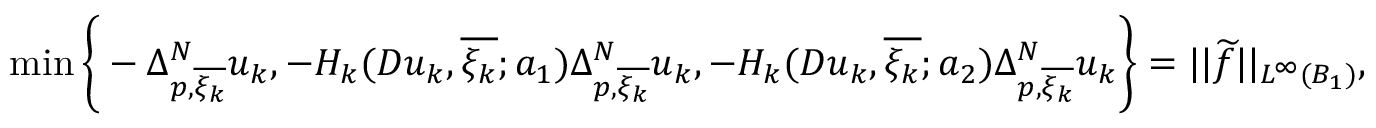
\operatorname* { m i n } \bigg \{ - \Delta _ { p , \overline { { \xi _ { k } } } } ^ { N } u _ { k } , - H _ { k } ( D u _ { k } , \overline { { \xi _ { k } } } ; a _ { 1 } ) \Delta _ { p , \overline { { \xi _ { k } } } } ^ { N } u _ { k } , - H _ { k } ( D u _ { k } , \overline { { \xi _ { k } } } ; a _ { 2 } ) \Delta _ { p , \overline { { \xi _ { k } } } } ^ { N } u _ { k } \bigg \} = | | \widetilde { f } | | _ { L ^ { \infty } ( B _ { 1 } ) } ,